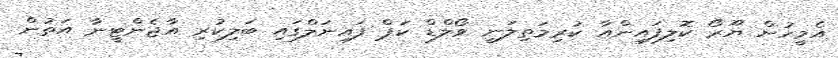
އެމީހުން ޔޫރޯ ކޮލިފައިންއާ ކުރިމަތިލަނީ ވޯލްޑް ކަޕް ފައިނަލްގައި ބަލިކުރި އާޖެންޓީނާ އަތުން